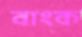
বাংক